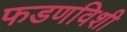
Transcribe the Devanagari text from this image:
फडणविशी